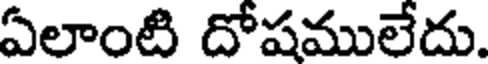
ఏలాంటి దోషములేదు.